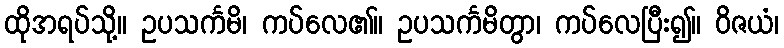
ထိုအရပ်သို့။ ဥပသင်္ကမိ၊ ကပ်လေ၏။ ဥပသင်္ကမိတွာ၊ ကပ်လေပြီး၍။ ဝိဇယံ၊